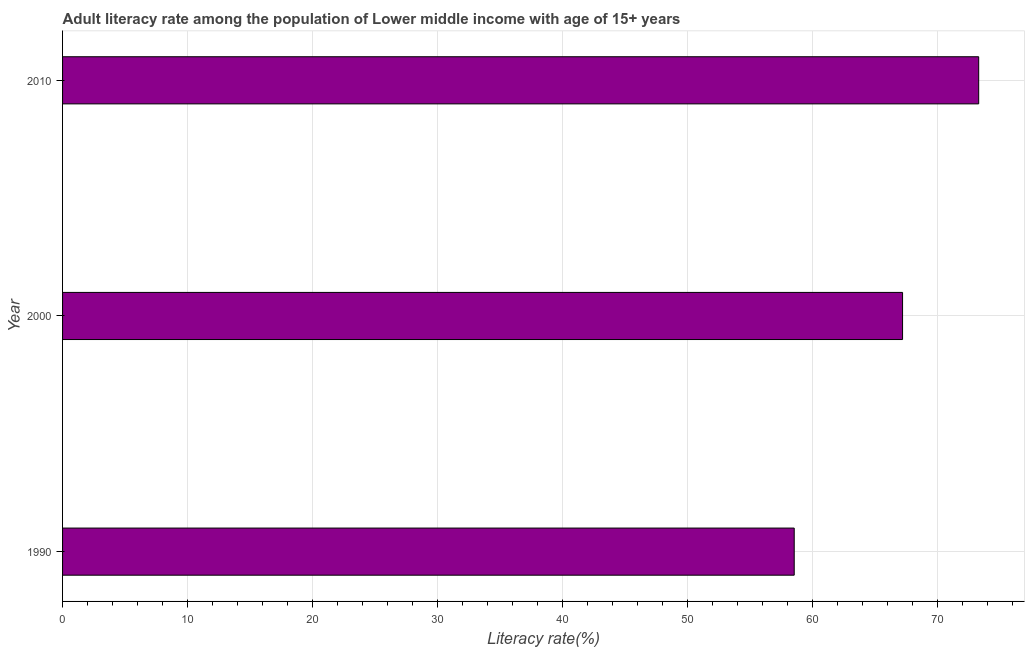
| Year | Adult literacy rate |
 | --- | --- |
 | 1990 | 58.5 |
 | 2000 | 67.2 |
 | 2010 | 73.3 |